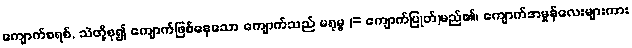
ကျောက်စရစ်, သဲတို့စု၍ ကျောက်ဖြစ်နေသော ကျောက်သည် မရုမ္ဗ (= ကျောက်ပြုတ်)မည်၏၊ ကျောက်အမှုန်လေးများကား